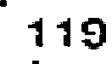
119